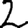
Digit: 2